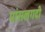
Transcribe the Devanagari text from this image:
मांसलगदी